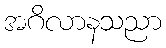
အဂိလာနသညာ